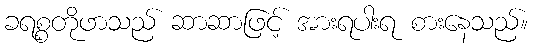
ခရစ္စတိုဖာသည် ဆာဆာဖြင့် အားရပါးရ စားနေသည်။